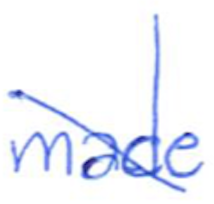
Text: made
Cross-out: diagonal
Writing tool: ballpoint